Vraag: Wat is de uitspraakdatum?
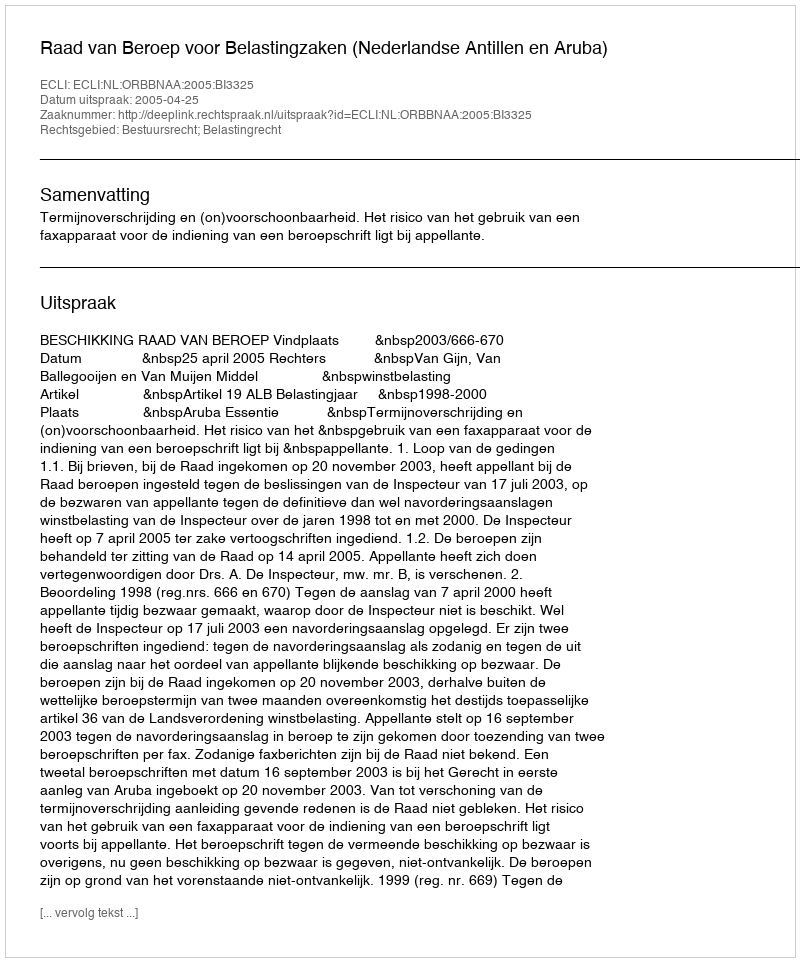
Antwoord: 2005-04-25